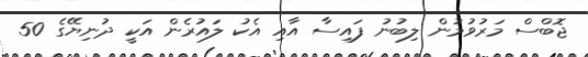
ޖޮބްސް މަރުވުމުން ލިބުނު ފައިސާ އާއި އެކު ލައުރެން އަކީ ދުނިޔޭގެ 50